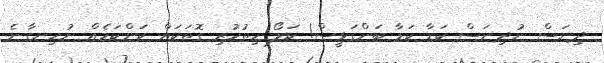
ދިނަސް ނުދިނަސް ކަޑާ ކަޑާ ބަންގަޅީސް! ކަލޯ ހިތުހުރި ގޮތަކައް ކަންކަމެއް ނުހިނގާނެ